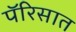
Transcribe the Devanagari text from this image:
पॅरिसात